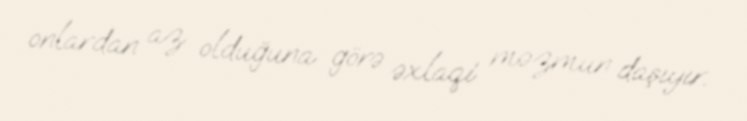
onlardan az olduğuna görə əxlaqi məzmun daşıyır.